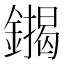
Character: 䥟